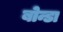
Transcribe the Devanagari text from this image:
बोन्डा